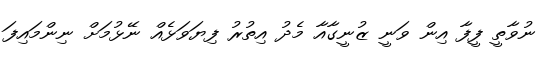
ނުވާތީ ފީފާ އިން ވަނީ ޒުނީގާއާ މެދު އިތުރު ފިޔަވަޅެއް ނޭޅުމަށް ނިންމައިފަ